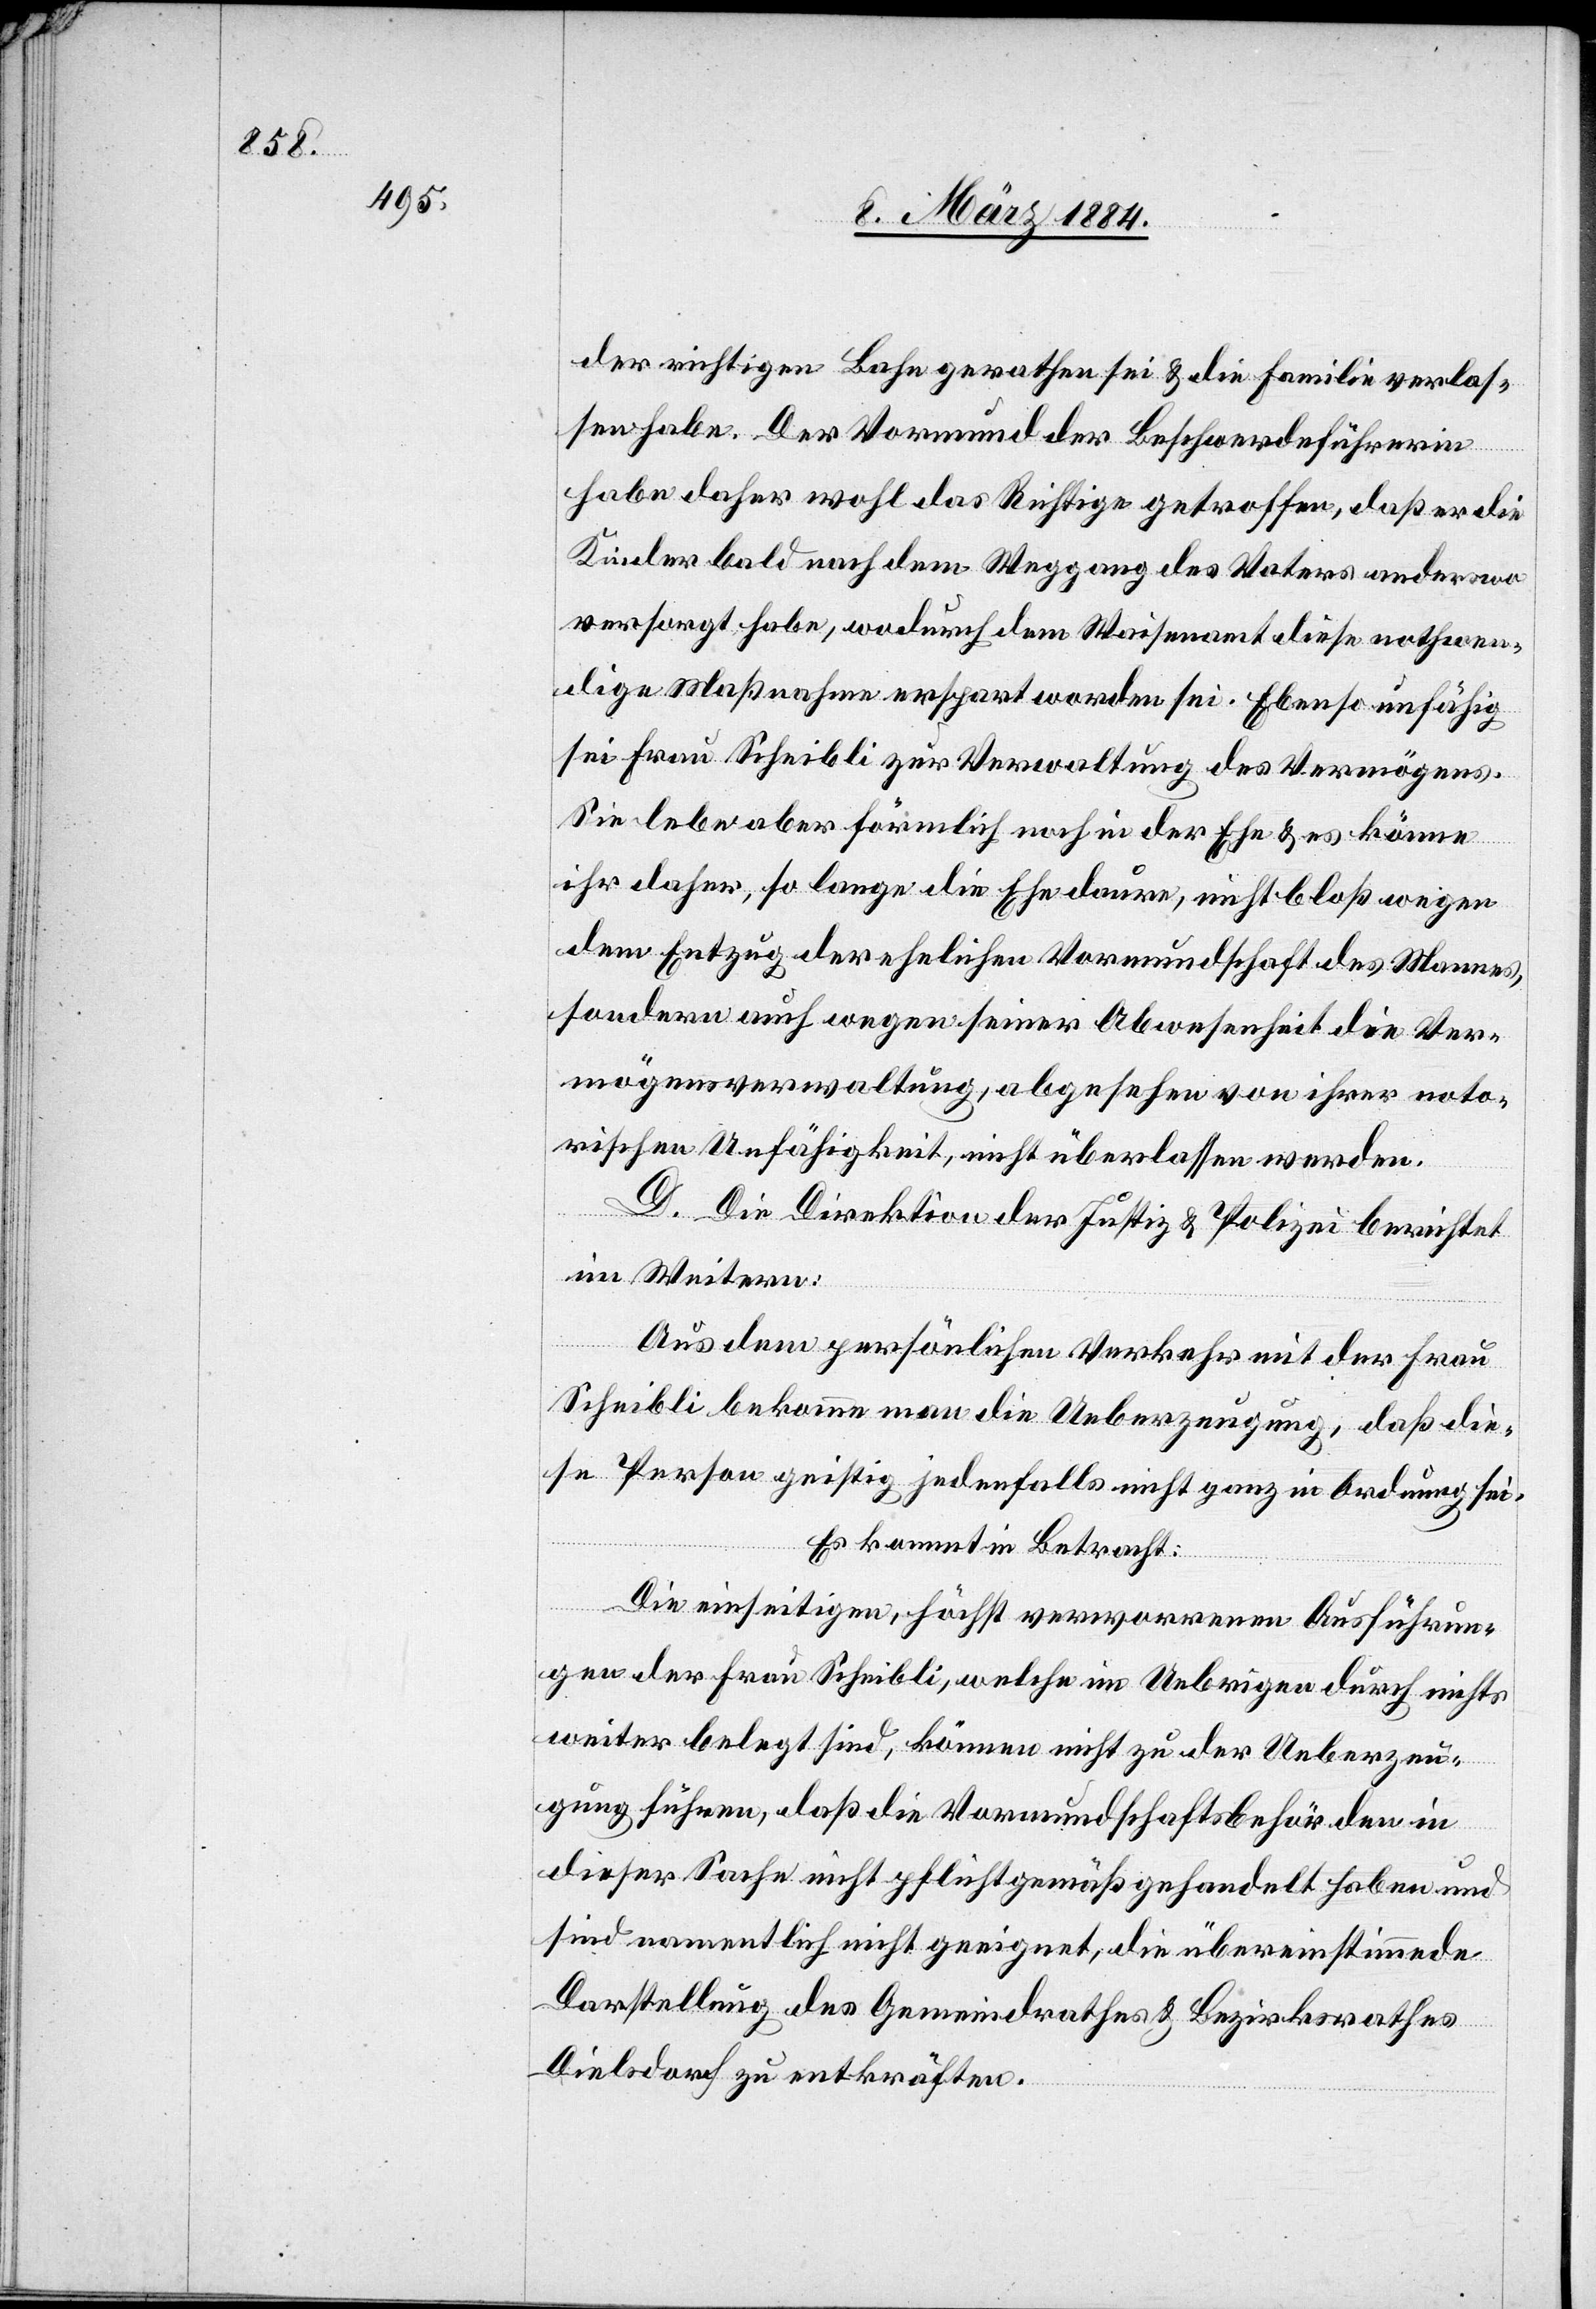
der richtigen Bahn gerathen sei & die Familie verlas¬
sen habe. Der Vormund der Beschwerdeführerin
habe daher wohl das Richtige getroffen, daß er die
Kinder bald nach dem Weggang des Vaters anderswo
versorgt habe, wodurch dem Waisenamt diese nothwen¬
dige Maßnahme erspart worden sei. Ebenso unfähig
sei Frau Scheibli zur Verwaltung des Vermögens.
Sie lebe aber förmlich noch in der Ehe & es könne
ihr daher, so lange die Ehe daure, nicht bloß wegen
dem Entzug der ehelichen Vormundschaft des Mannes,
sondern auch wegen seiner Abwesenheit die Ver¬
mögensverwaltung, abgesehen von ihrer noto¬
rischen Unfähigkeit, nicht überlassen werden.
D. Die Direktion der Justiz & Polizei berichtet
im Weitern:
Aus dem persönlichen Verkehr mit der Frau
Scheibli bekomme man die Ueberzeugung, daß die¬
se Person geistig jedenfalls nicht ganz in Ordnung sei.
Es kommt in Betracht:
Die einseitigen, höchst verworrenen Ausführun¬
gen der Frau Scheibli, welche im Uebrigen durch nichts
weiter belegt sind, können nicht zu der Ueberzeu¬
gung führen, daß die Vormundschaftsbehörden in
dieser Sache nicht pflichtgemäß gehandelt haben und
sind namentlich nicht geeignet, die übereinstimmende
Darstellung des Gemeindrathes & Bezirksrathes
Dielsdorf zu entkräften.